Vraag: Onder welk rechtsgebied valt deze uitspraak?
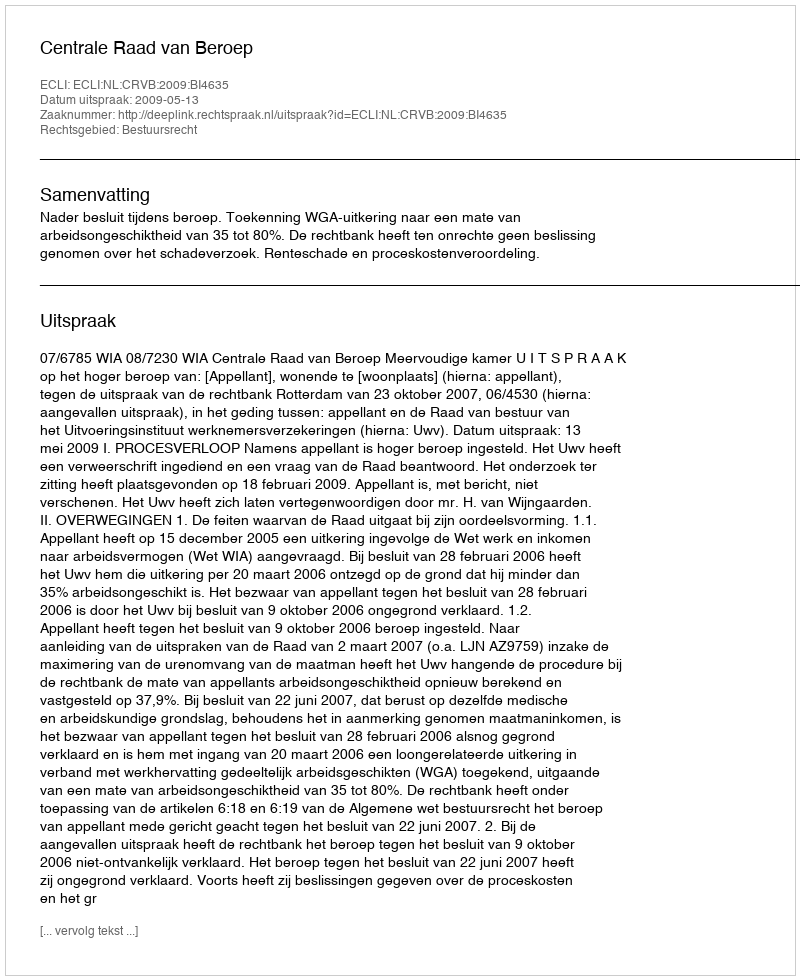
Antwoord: Bestuursrecht